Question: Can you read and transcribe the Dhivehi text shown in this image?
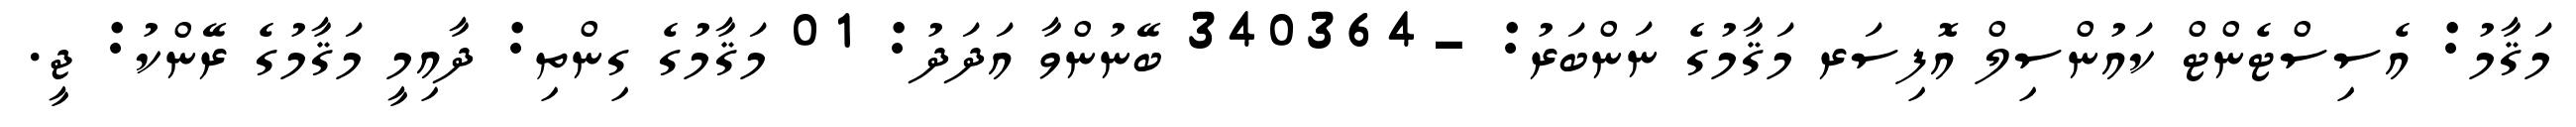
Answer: މަޤާމު: އެސިސްޓެންޓް ކައުންސިލް އޮފިސަރ މަޤާމުގެ ނަންބަރު: -340364 ބޭނުންވާ އަދަދު: 01 މަޤާމުގެ ގިންތި: ދާއިމީ މަޤާމުގެ ރޭންކު: ޖީ.